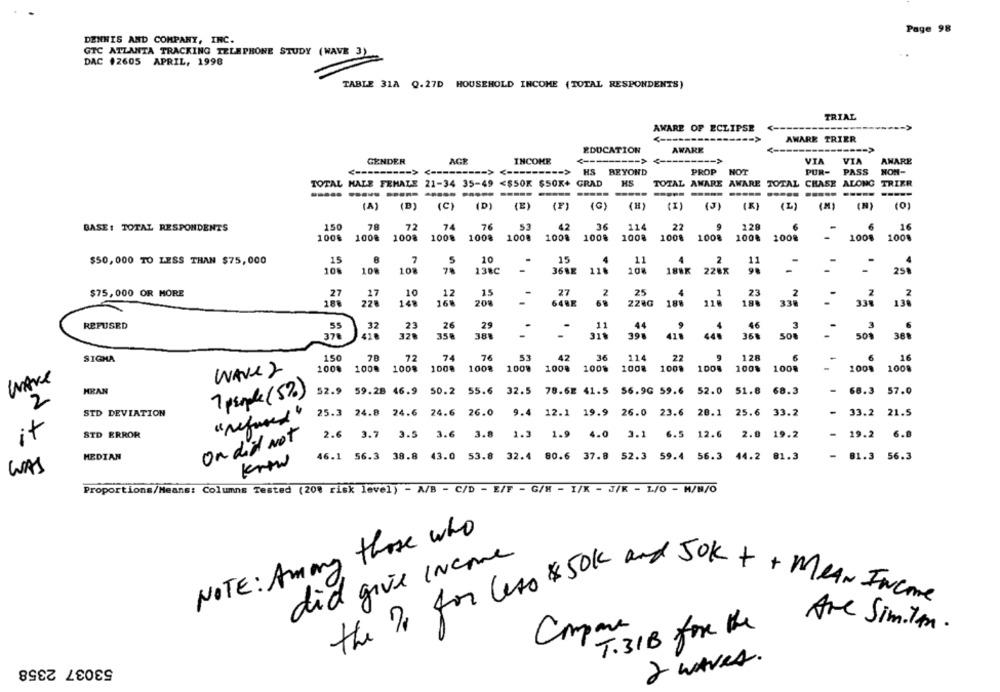
Page 98
DENNIS AND COMPANY, INC.
GTC ATLANTA TRACKING TELEPHONE STUDY (WAVE 3)
DAC $2605 APRIL, 1998
TABLE 31A Q.27D HOUSEHOLD INCOME (TOTAL RESPONDENTS)
TRIAL
AWARE OF ECLIPSE
AWARE TRIER
EDUCATION
AWARE
<--------- >
GENDER
INCOME
VTA
VIA
AWARE
--- >
HS BEYOND
PROP
NOT
PUR-
PASS
NON-
TOTAL HALE FEMALE 21-34 35-49 <$50K $50K+ GRAD
HS
TOTAL AWARE AWARE TOTAL
CHASE ALONG
TRIER
------------------ -
(A)
(B)
(C)
(D)
(E)
(F)
(C)
(H)
(I)
(K)
(L)
(M)
(N)
BASE: TOTAL RESPONDENTS
150
78
72
74
76
53
42
36
114
22
9
128
6
6
16
100€
1008
100%
100%
1008
1008
1008
100%
1008
1008
1008
100€
100₴
100% 1008
$50,000 TO LESS THAN $75,000
15
8
5
10
15
2
11
108
108
102
78
138C
3682
.11
188X 228x
290
27
2
25
$75,000 OR MORE
27
17
10
12
15
1
23
2
188
148
16฿
208
648X
68
228G
188
110
188
338
REFUSED
32
23
26
29
11
44
46
3
55
.
376
418
320
358
381
318
398
41
360
50
SIGHA
150
72
74
76
53
42
36
114
27
9
128
6
16
1008
100%
100%
WAVE 2
1008
100% 100%
1008
1008
100%
1008 1008 1008
1008
100% 1008
1008
WAVE
HRAN
7 people (5%)
52.9 59.28 46.9 50.2 55.6 32.5 78.62 41.5 56.9G 59.6 52.0 51.8 68.3
- 68.3 57.0
2
STD DEVIATION
25.3 24.8 24.6 24.6 26.0
9.4 12.1 19.9 26.0 23.6 28.1 25.6 33.2
- 33.2 21.5
"refused"
it
STD ERROR
2.6 3.7 3.5 3.6 3.8 1.3 1.9 4.0 3.1 6.5 12.6 2.0 19.2
- 19.2 6.8
On did Not
MEDIAN
46.1 56.3 38.8 43.0 53.8 32.4 80.6 37.8 52.3 59.4 56.3 44.2 81.3
- 81.3 56.3
Know
WAS
Proportions/Means: Columns Tested (200 risk level) - A/B - C/D - E/F - G/H - I/K - J/K - 1/0 - M/N/O
NOTE: Among those who
did give Income
the Pr for less $50K and SOK ++ MeAN Income
Comme
T.31B for the
Are Similar.
53037 2358
2 WAVES.